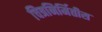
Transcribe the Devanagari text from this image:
चित्रनिर्मितीस